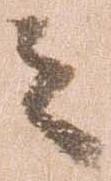
之